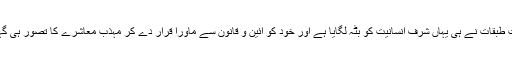
ان بالادست طبقات نے ہی یہاں شرف انسانیت کو بٹہ لگایا ہے اور خود کو آئین و قانون سے ماورا قرار دے کر مہذب معاشرے کا تصور ہی گہنا دیا ہے۔